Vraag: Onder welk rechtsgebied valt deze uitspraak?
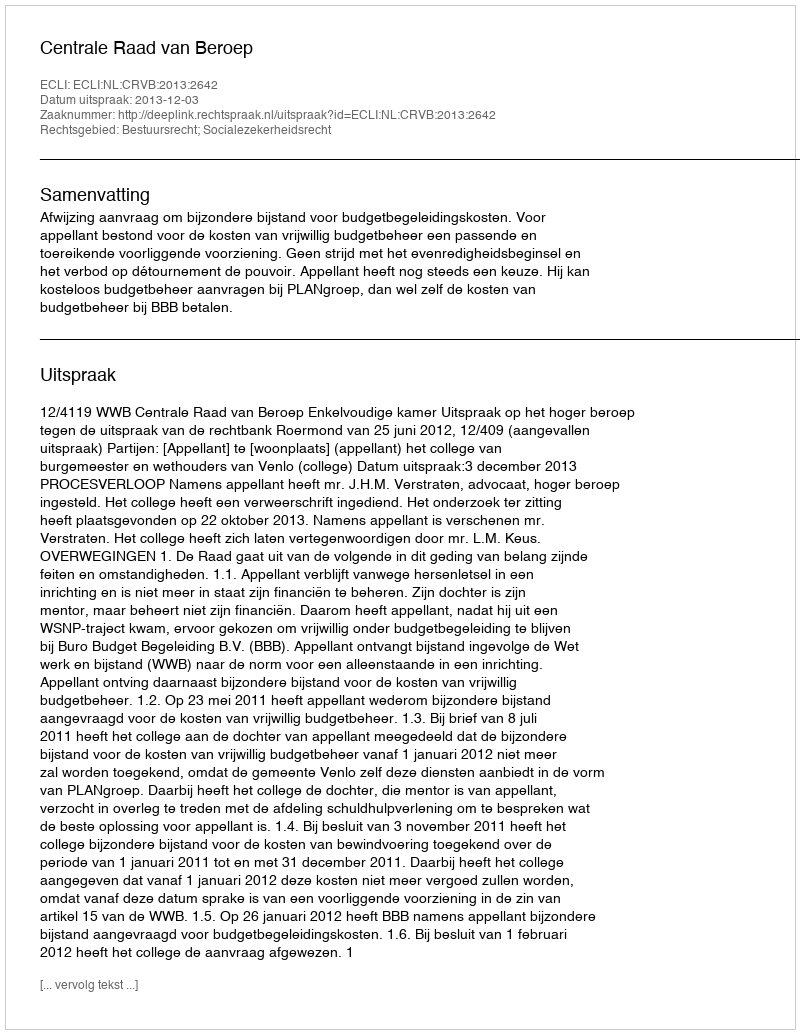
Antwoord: Bestuursrecht; Socialezekerheidsrecht